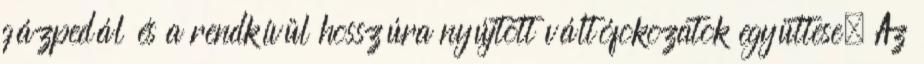
gázpedál és a rendkívül hosszúra nyújtott váltófokozatok együttese. Az